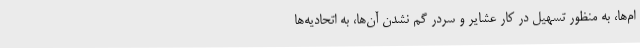
ام‌ها، به منظور تسهیل در کار عشایر و سردر گم نشدن آن‌ها، به اتحادیه‌ها